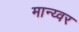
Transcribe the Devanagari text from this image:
मान्य्वर